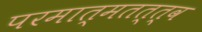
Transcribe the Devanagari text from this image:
परमात्मतत्त्व